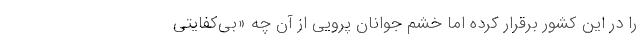
را در این کشور برقرار کرده اما خشم جوانان پرویی از آن چه «بی‌کفایتی